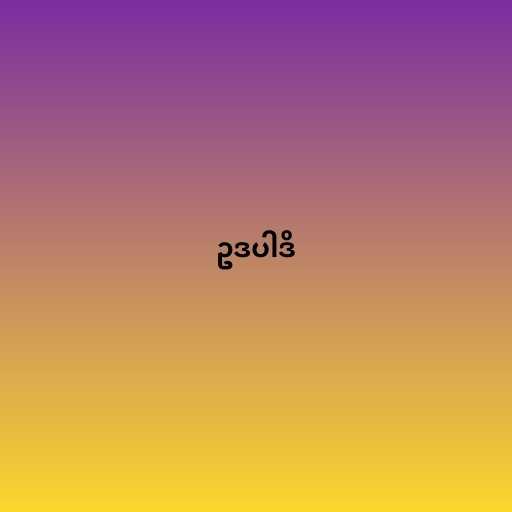
ဥဒပါဒိ